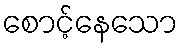
စောင့်နေသော